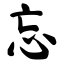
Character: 忘